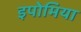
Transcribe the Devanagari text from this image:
इपोमिया